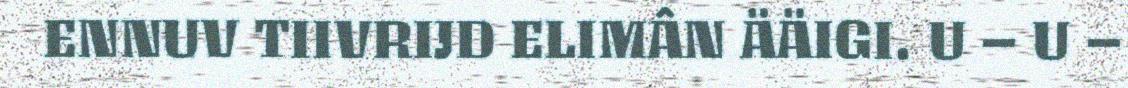
ENNUV TIIVRIJD ELIMÂN ÄÄIGI. U – U –